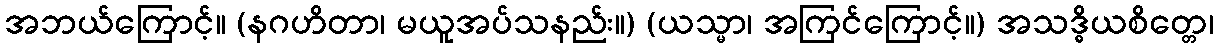
အဘယ်ကြောင့်။ (နဂဟိတာ၊ မယူအပ်သနည်း။) (ယသ္မာ၊ အကြင်ကြောင့်။) အသဒ္ဓိယစိတ္တေ၊